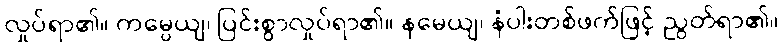
လှုပ်ရာ၏။ ကမ္ပေယျ၊ ပြင်းစွာလှုပ်ရာ၏။ နမေယျ၊ နံပါးတစ်ဖက်ဖြင့် ညွတ်ရာ၏။